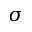
\sigma